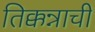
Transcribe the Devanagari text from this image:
तिक्कन्नाची